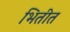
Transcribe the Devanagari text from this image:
भितीत